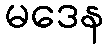
မဒေန